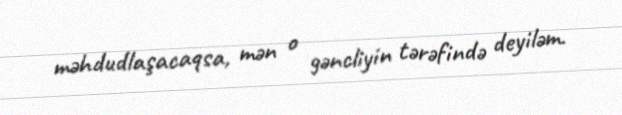
məhdudlaşacaqsa, mən o gəncliyin tərəfində deyiləm.